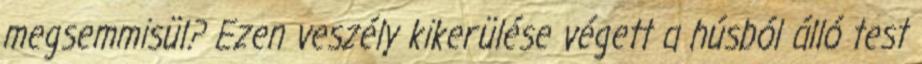
megsemmisül? Ezen veszély kikerülése végett a húsból álló test